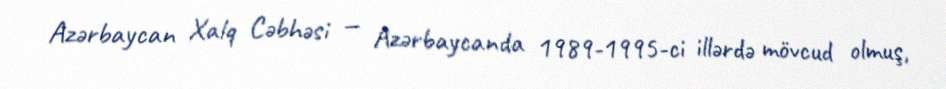
Azərbaycan Xalq Cəbhəsi — Azərbaycanda 1989-1995-ci illərdə mövcud olmuş,